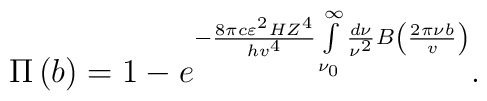
\Pi \left( b \right) = 1 - e^{  - \frac{8\pi c\varepsilon ^2HZ^4}{hv^4}\int\limits_{\nu _0 }^\infty {\frac{d\nu }{\nu ^2}} B\left( {\frac{2\pi \nu b}{v}} \right)} .